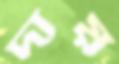
দায়